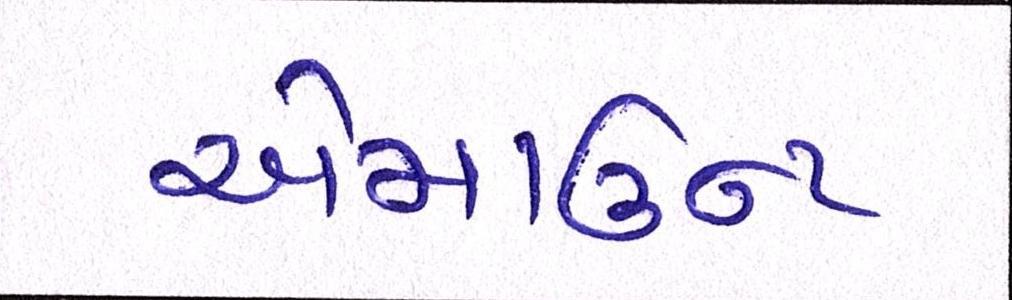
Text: એમાઉન્ટ